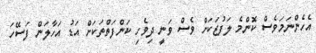
އެހެންނަމަވެސް ކޮންމެ ލަފުޒަކަށް ވެސް ވަނީ ދިވެހި ކަންފަތްތަކަށް އަޑު އަހާލަން ފަސޭހަ